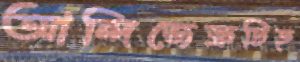
আন্দিজেত্রুটিহ